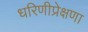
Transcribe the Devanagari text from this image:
धरिणीप्रेक्षणा